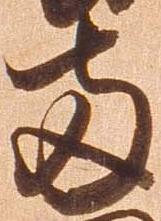
両